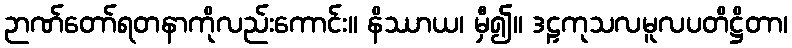
ဉာဏ်တော်ရတနာကိုလည်းကောင်း။ နိဿာယ၊ မှီ၍။ ဒဠှကုသလမူလပတိဋ္ဌိတာ၊